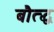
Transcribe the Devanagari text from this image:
बौत्द्ध